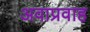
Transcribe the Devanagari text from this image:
अवाप्रवाह